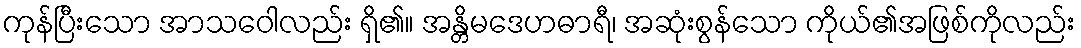
ကုန်ပြီးသော အာသဝေါလည်း ရှိ၏။ အန္တိမဒေဟဓာရီ၊ အဆုံးစွန်သော ကိုယ်၏အဖြစ်ကိုလည်း